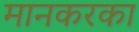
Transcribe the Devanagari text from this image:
मानकरका